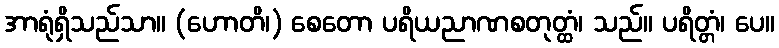
အာရုံရှိသည်သာ။ (ဟောတိ၊) စေတော ပရိယညာဏစတုတ္ထံ၊ သည်။ ပရိတ္တံ၊ ပေ။